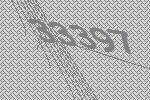
33397